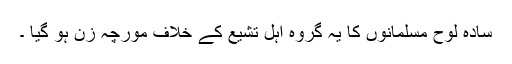
سادہ لوح مسلمانوں کا یہ گروہ اہل تشیع کے خلاف مورچہ زن ہو گیا ۔